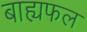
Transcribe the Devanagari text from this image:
बाह्यफल